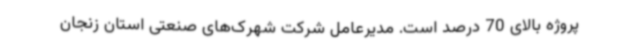
پروژه بالای 70 درصد است. مدیرعامل شرکت شهرک‌های صنعتی استان زنجان